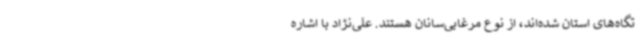
تگاه‌های استان شده‌اند، از نوع مرغابی‌سانان هستند. علی‌نژاد با اشاره